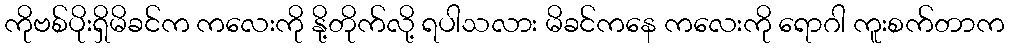
ကိုဗစ်ပိုးရှိမိခင်က ကလေးကို နို့တိုက်လို့ ရပါသလား မိခင်ကနေ ကလေးကို ရောဂါ ကူးစက်တာက